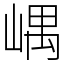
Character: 嵎